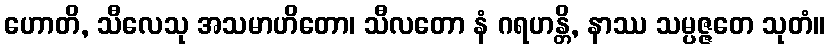
ဟောတိ, သီလေသု အသမာဟိတော၊ သီလတော နံ ဂရဟန္တိ, နာဿ သမ္ပဇ္ဇတေ သုတံ။